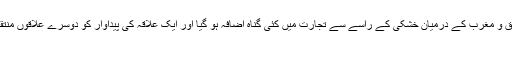
ایران ترکستان کی فتح اور سندھ کی تسخیر سے مشرق و مغرب کے درمیان خشکی کے راسے سے تجارت میں کئی گناہ اضافہ ہو گیا اور ایک علاقہ کی پیداوار کو دوسرے علاقوں منتقل کرکے اس دور کے تاجروں نے بہت دولت کمائی
اموی دور میں زراعت نے بھی خوب ترقی کی۔